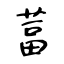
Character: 葍